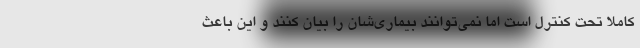
کاملا تحت کنترل است اما نمی‌توانند بیماری‌شان را بیان کنند و این باعث